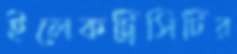
ইলেকট্রিসিটির